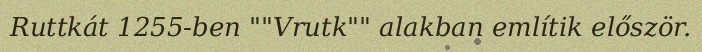
Ruttkát 1255-ben ""Vrutk"" alakban említik először.